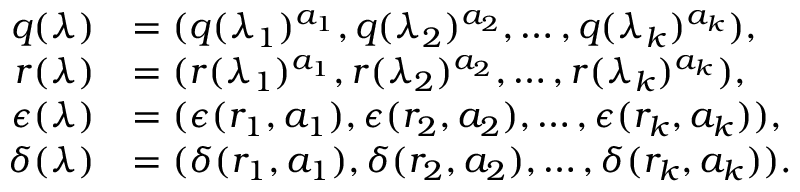
\begin{array} { r l } { q ( \lambda ) } & { = ( q ( \lambda _ { 1 } ) ^ { a _ { 1 } } , q ( \lambda _ { 2 } ) ^ { a _ { 2 } } , \dots , q ( \lambda _ { k } ) ^ { a _ { k } } ) , } \\ { r ( \lambda ) } & { = ( r ( \lambda _ { 1 } ) ^ { a _ { 1 } } , r ( \lambda _ { 2 } ) ^ { a _ { 2 } } , \dots , r ( \lambda _ { k } ) ^ { a _ { k } } ) , } \\ { \epsilon ( \lambda ) } & { = ( \epsilon ( r _ { 1 } , a _ { 1 } ) , \epsilon ( r _ { 2 } , a _ { 2 } ) , \dots , \epsilon ( r _ { k } , a _ { k } ) ) , } \\ { \delta ( \lambda ) } & { = ( \delta ( r _ { 1 } , a _ { 1 } ) , \delta ( r _ { 2 } , a _ { 2 } ) , \dots , \delta ( r _ { k } , a _ { k } ) ) . } \end{array}